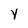
Character: Y